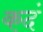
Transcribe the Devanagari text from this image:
कदं